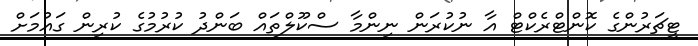
ޓީޗަރުންގެ ކޮންޓްރެކްޓް އާ ނުކުރަން ނިންމާ ސްކޫލްތައް ބަންދު ކުރުމުގެ ކުރިން ގައުމަށް